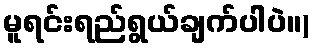
မူရင်းရည်ရွယ်ချက်ပါပဲ။)